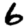
Digit: 6